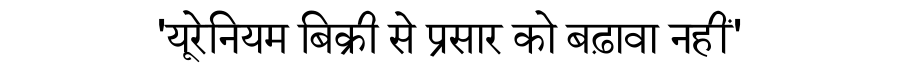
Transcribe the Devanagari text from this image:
'यूरेनियम बिक्री से प्रसार को बढ़ावा नहीं'